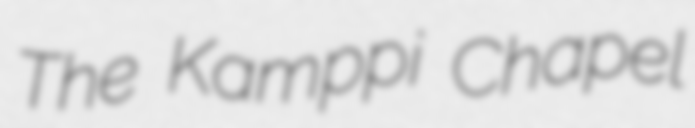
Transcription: The Kamppi Chapel